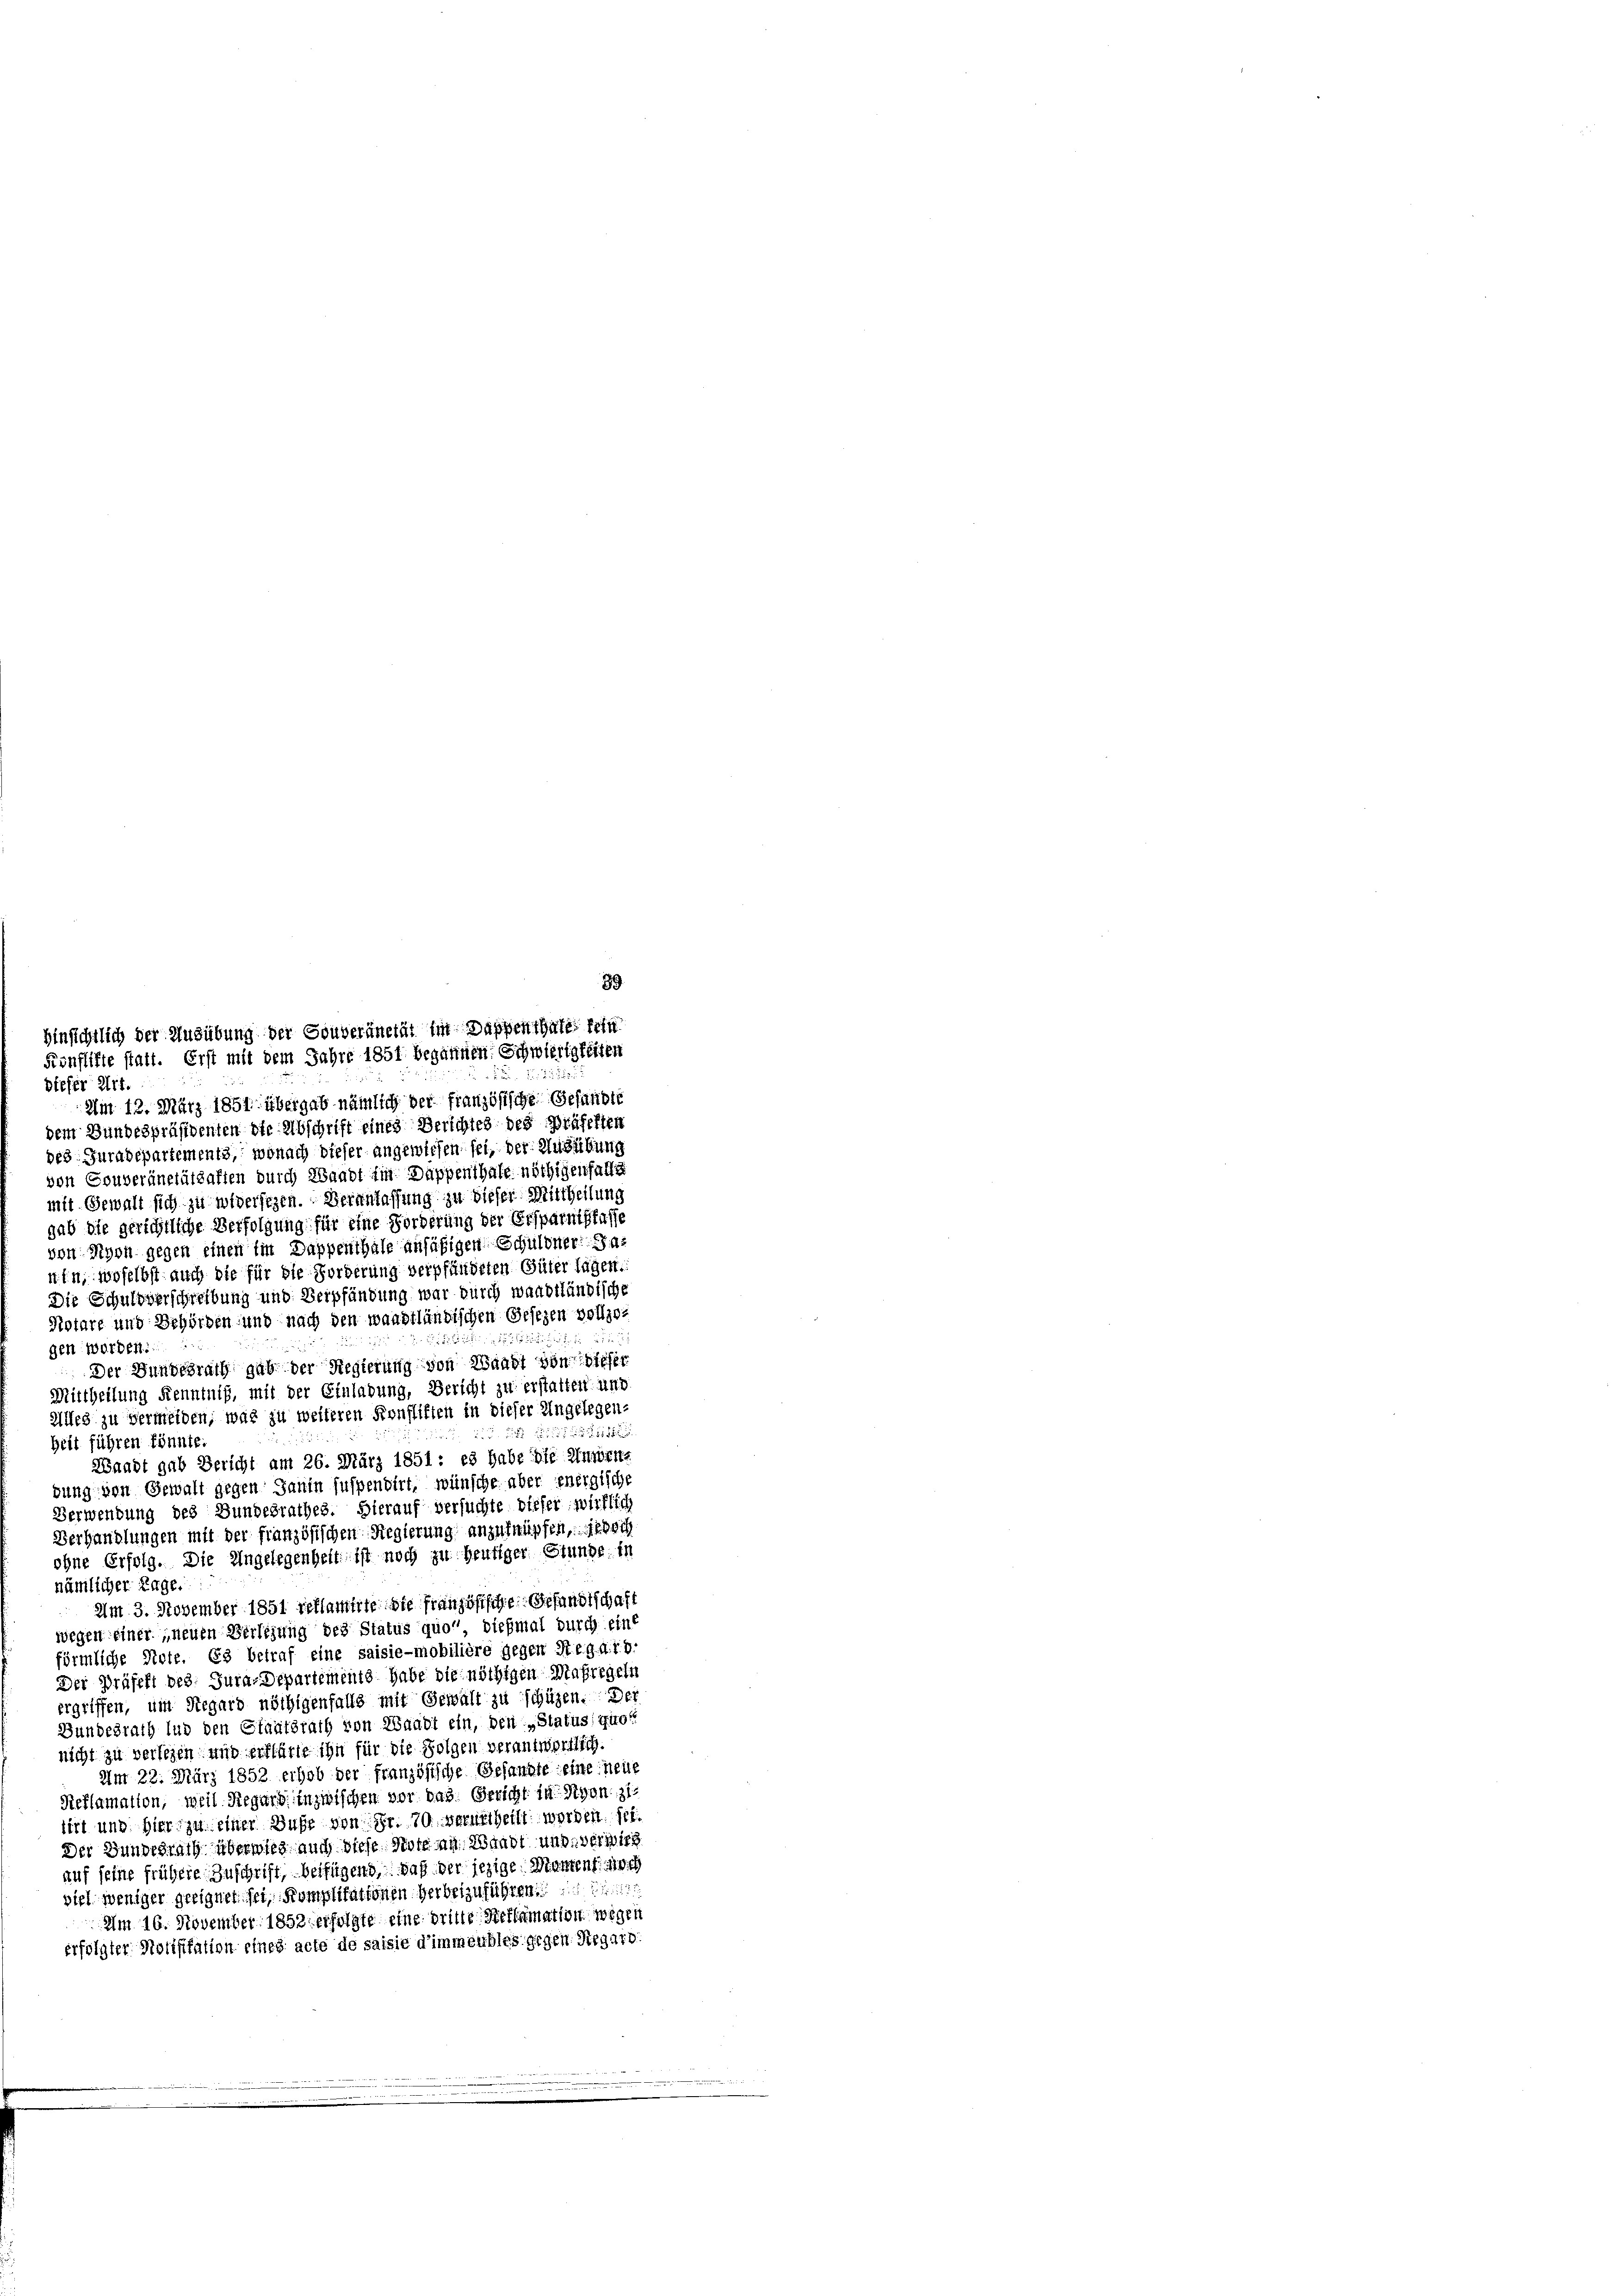
89

diefer Art.
Am 12. März 1851 übergab nämlich der französische Gefandte
dem Bundespräsidenten die Abschrift eines Verschied des Präfelten
des Juradepartements, wonach dieser angewiesen sei, der Ausübung
von Gouveränetätsaften durch Waadt ein Dappenthale nöthigenfalls
mit Gewalt sich zu widersezen. Verschlassung zu dieser Mittheilung
gab die gerichtliche Verfolgung für eine Forderung der Ersparnislasse
von Nyon gegen einen Ein Dappenthale ansäßigen Schuldner Sanin, woselbst auch die für die Forderung verpfändeten Güter lagen.
Die Schuldverschreibung und Verpfändung war durch waadtländische
Notare und Behörden und nach den waadtländischen Gesezen vollzu¬
 die
gen worden:
Der Bundesrath gab der Regierung von Waadt von dieser
Mittheilung Kenntniß, mit der Einladung, Bericht zu erstatten und
Alles zu vermeiden, was zu weiteren Konstiften in dieser Ungelegen-
 xxx
heit führen könnte.
Waadt gab Bericht am 26. März 1851: es habe die Anwengung von Gewalt gegen Janin suspendirt, wünsche aber energische
Verwendung des Bundesrathes. Hierauf versuchte dieser wirklich
Verhandlungen mit der französischen Regierung anzuknüpfen, sie doch
ohne Erfolg. Die Angelegenheit ist noch zu heutiger Stunde in
nämlicher Lage.
Am 3. November 1851 verlamirte die Französische Gesandtschaft
wegen einer neuen Verlesung des Status quo“, dießmal durch eine
förmliche Note. Es betraf eine saisie-mobilière gegen Regd.15.
Der Präfefl bes Jura-Departemente habe die nöthigen Maßregeln
ergriffen, um Regard nöthigenfalls mit Gewalt zu schützen. Der
Bundesrath lud den Staatsrath von Waadt ein, den „Status, quot
nicht zu versehen und erklärte ihn für die Folgen verantwortlich.
Am 22. März 1852 erhob der französische Gesandte eine neue
Reflamation, weil Hegard inzwischen vor das Gericht in Agent
tirt und hier zu einer Wuhr von Fr. 70 verurtheilt worden sei.
Der Bundesrath überwies auch diese Note an Waadt und verwieg
auf seine frühere Zuschrift, beifügend, daß der jezige Mantens noch
viel weniger geeignet sei Komplikationen Verbeizuführen. Die
Am 16. November 1852 erfolgte eine dritte Reclamation wegen
erfolgter Notifikation eines acte de saisie d’immeubles gegen Segatt

Hinsichtlich der Ausübung der Gouveränetät im Dappenthale fein
Fionflikte statt. Erst mit dem Jahre 1851 begannen. Schwierigkeiten

85